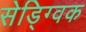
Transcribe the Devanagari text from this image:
सेड्ग्विक